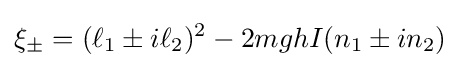
\xi _{\pm }=(\ell _{1}\pm i\ell _{2})^{2}-2mghI(n_{1}\pm in_{2})